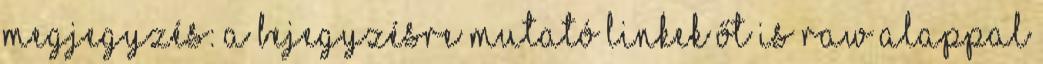
megjegyzés: A bejegyzésre mutató linkek Őt is raw alappal